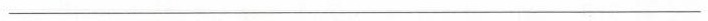
___